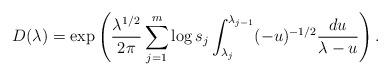
LaTeX: \begin{align*}D(\lambda)=\exp\left(\frac{\lambda^{1/2}}{2\pi}\sum_{j=1}^{m} \log s_j \int_{\lambda_j}^{\lambda_{j-1}}(-u)^{-1/2}\frac{du}{\lambda-u}\right).\end{align*}